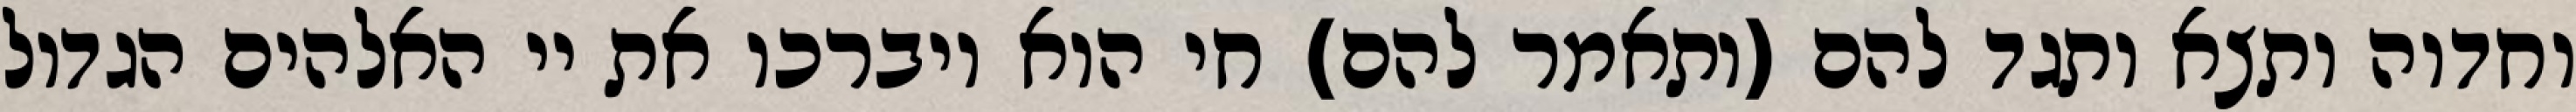
וחדוה ותצא ותגד להם (ותאמר להם) חי הוא ויברכו את יי האלהים הגדול